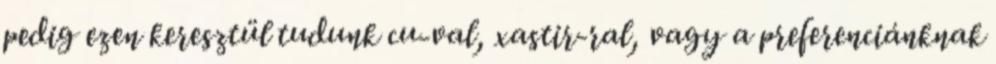
pedig ezen keresztül tudunk cu-val, xastir-ral, vagy a preferenciánknak